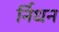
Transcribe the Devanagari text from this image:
र्निधन